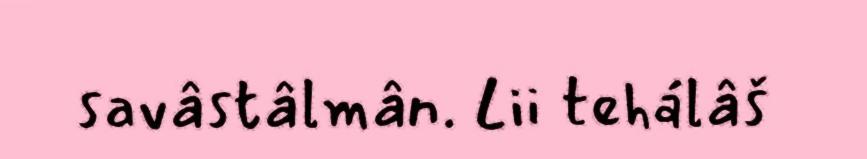
savâstâlmân. Lii tehálâš